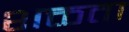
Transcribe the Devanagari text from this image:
शक्तता